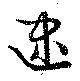
逮